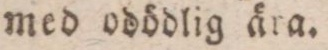
med odödlig ära.